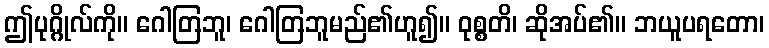
ဤပုဂ္ဂိုလ်ကို။ ဂေါတြဘူ၊ ဂေါတြဘူမည်၏ဟူ၍။ ဝုစ္စတိ၊ ဆိုအပ်၏။ ဘယူပရတော၊